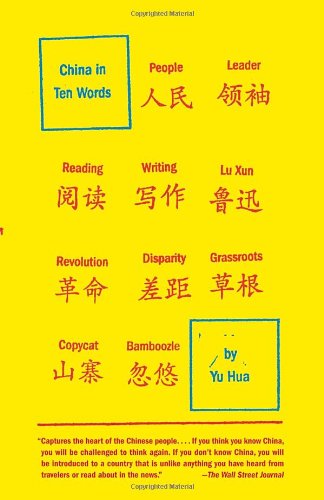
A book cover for China in Ten Words; Yu Hua; Biographies & Memoirs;